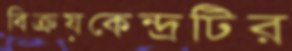
বিক্রয়কেন্দ্রটির